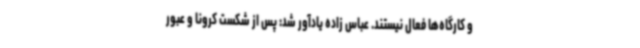
و کارگاه‌ها فعال نیستند. عباس زاده یادآور شد: پس از شکست کرونا و عبور